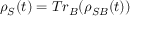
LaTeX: \rho _ { S } ( t ) = T r _ { B } ( \rho _ { S B } ( t ) )